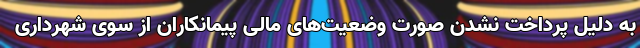
به دلیل پرداخت نشدن صورت وضعیت‌های مالی پیمانکاران از سوی شهرداری